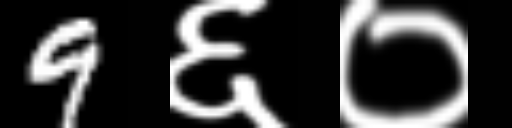
Text: 9६०